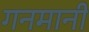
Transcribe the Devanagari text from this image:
गनमानी